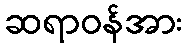
ဆရာဝန်အား